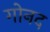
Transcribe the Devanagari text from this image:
गोनद